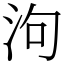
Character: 泃